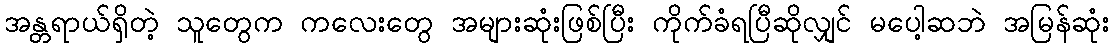
အန္တရာယ်ရှိတဲ့ သူတွေက ကလေးတွေ အများဆုံးဖြစ်ပြီး ကိုက်ခံရပြီဆိုလျှင် မပေါ့ဆဘဲ အမြန်ဆုံး